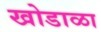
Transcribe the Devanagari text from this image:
खोडाळा